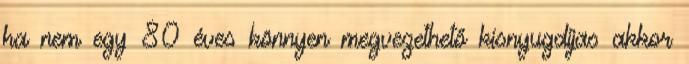
ha nem egy 80 éves könnyen megvezethető kisnyugdijas akkor